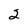
Character: 2